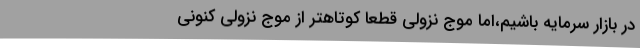
در بازار سرمایه باشیم،اما موج نزولی قطعا کوتاهتر از موج نزولی کنونی